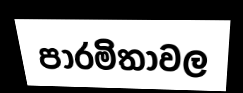
පාරමිතාවල